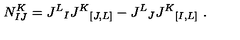
N _ { I J } ^ { K } = J ^ { L } { } _ { I } J ^ { K } { } _ { [ J , L ] } - J ^ { L } { } _ { J } J ^ { K } { } _ { [ I , L ] } \ .